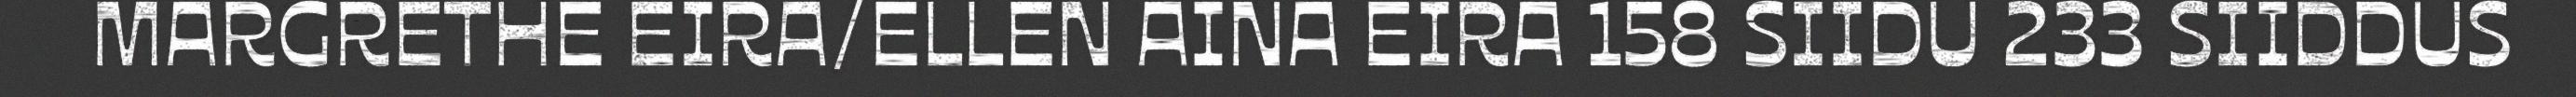
MARGRETHE EIRA/ELLEN AINA EIRA 158 SIIDU 233 SIIDDUS